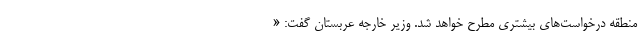
منطقه درخواست‌های بیشتری مطرح خواهد شد. وزیر خارجه عربستان گفت: «